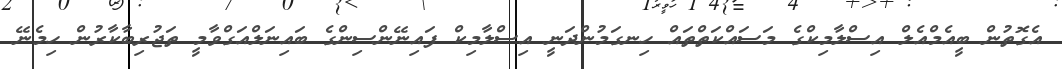
އެގޮތުން ބީއެމްއެލް އިސްލާމިކްގެ މަސައްކަތްތައް ހިނގަމުންދަނީ އިސްލާމިކް ފައިނޭންސިންގެ ބައިނަލްއަގްވާމީ ތަޖުރިބާކާރުން ހިމެނޭ